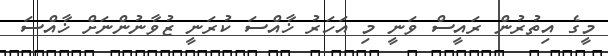
މީގެ އިތުރުން ރައީސް ވަނީ މި އަހަރު ޚާއްސަ ކުރަނީ ޒުވާނުންނަށް ޚާއްސަ